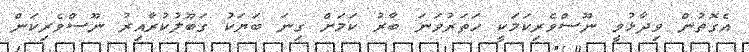
އެގޮތުން ވިދާޅުވީ ނޫސްވެރިކަމަކީ ހަތަރުވަނަ ބާރު ކަމަށް ގިނަ ބަޔަކު ގަބޫލުކުރާއިރު ނޫސްވެރިކަން